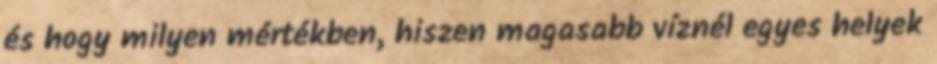
és hogy milyen mértékben, hiszen magasabb víznél egyes helyek